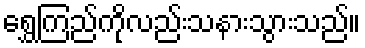
ရွှေကြည်ကိုလည်းသနားသွားသည်။